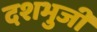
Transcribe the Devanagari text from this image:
दशभुजी